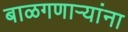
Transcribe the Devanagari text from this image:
बाळगणाऱ्यांना